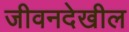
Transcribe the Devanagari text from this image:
जीवनदेखील